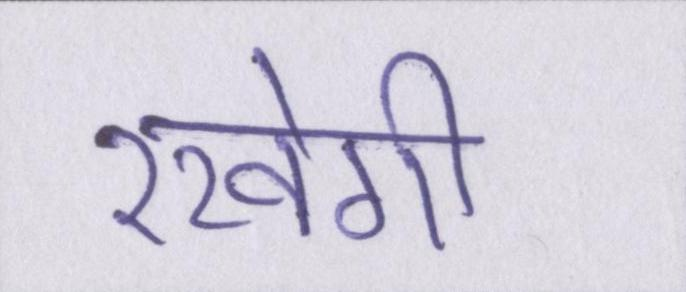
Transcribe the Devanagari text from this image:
रखेगी